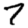
Digit: 7